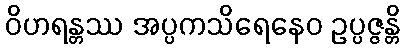
ဝိဟရန္တဿ အပ္ပကသိရေနေဝ ဥပ္ပဇ္ဇန္တိ